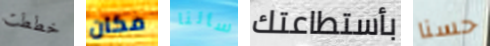
خططت مكان سألنا بأستطاعتك حسنا